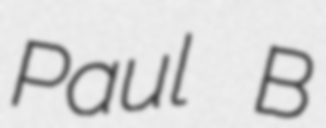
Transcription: Paul B